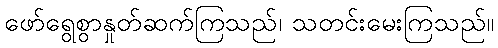
ဖော်ရွေစွာနှုတ်ဆက်ကြသည်၊ သတင်းမေးကြသည်။